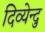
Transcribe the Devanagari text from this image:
दिव्येन्दु